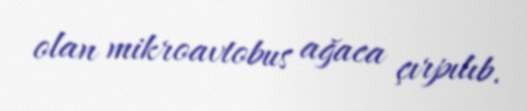
olan mikroavtobus ağaca çırpılıb.